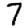
Digit: 7